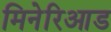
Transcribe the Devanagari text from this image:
मिनेरिआड